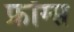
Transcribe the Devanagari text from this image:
फ्रॉग्स